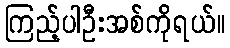
ကြည့်ပါဦးအစ်ကိုရယ်။